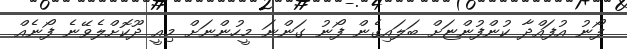
ފޯނު އުފައްދާ ކުންފުންޏަށް ބަލައިގެން ފޯނު ގަންނަ މީހުންނަށް މިއީ ދޫކޮށްލެވޭނެ ފޯނެއް